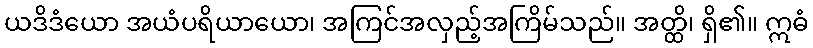
ယဒိဒံယော အယံပရိယာယော၊ အကြင်အလှည့်အကြိမ်သည်။ အတ္ထိ၊ ရှိ၏။ ဣဓံ